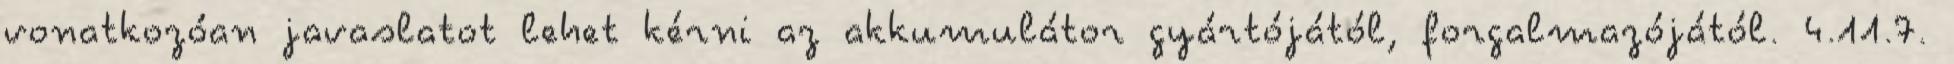
vonatkozóan javaslatot lehet kérni az akkumulátor gyártójától, forgalmazójától. 4.11.7.